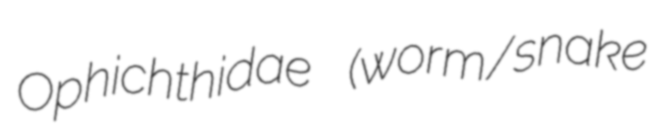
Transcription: Ophichthidae (worm/snake